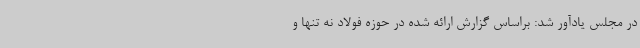
در مجلس یادآور شد: براساس گزارش ارائه شده در حوزه فولاد نه تنها و